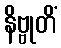
နိဗ္ဗုတိံ